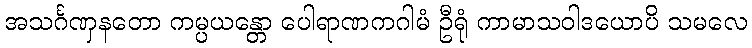
အသင်္ဂဏှနတော ကမ္ပယန္တော ပေါရာဏကဂါမံ ဦရုံ ကာမာသဝါဒယောပိ သမလေ